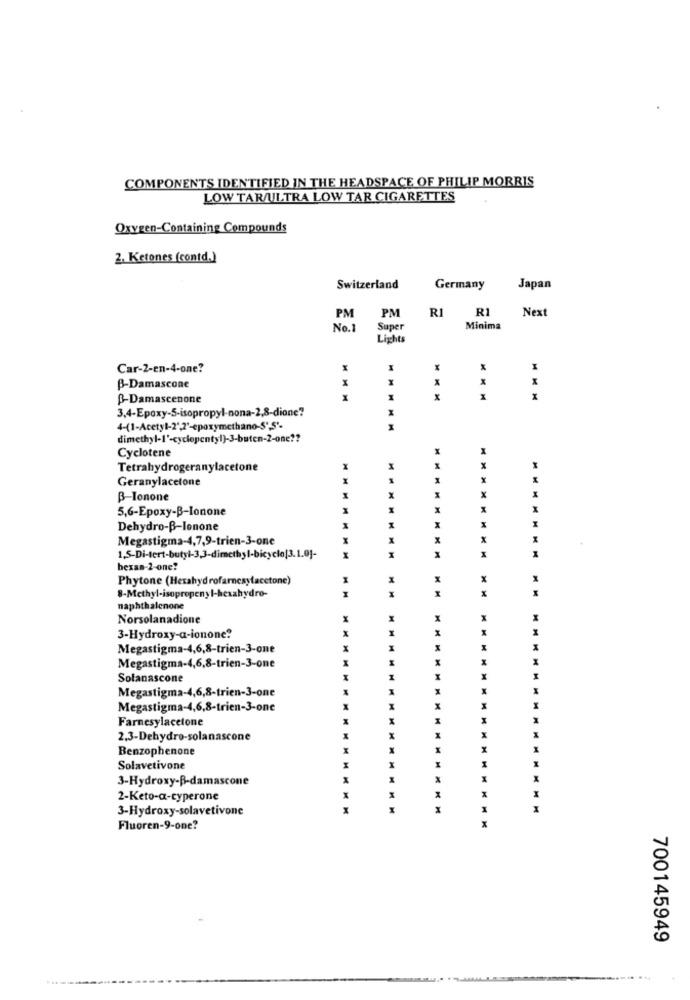
COMPONENTS IDENTIFIED IN THE HEADSPACE OF PHILIP MORRIS
LOW TAR/ULTRA LOW TAR CIGARETTES
Oxygen-Containing Compounds
2. Ketones (contd.)
Switzerland
Germany
Japan
RI
R1
Next
PM
PM
No.1
Super
Minima
Lights
Car-2-en-4-one?
X
X
B-Damascone
-Damascenone
1
x
3,4-Epoxy-S-isopropyl-nona-2,8-diane?
4-(1-Acetyl-2",2'-epoxymethano-S'S'-
I
dimethyl-1'-cyclopenty!)-3-buten-2-one ??
Cyclotene
Tetrahydrogeranylacetone
1
x
Geranylacetone
1
X
B-Ionone
5,6-Epoxy-B-Ionone
Dehydro-B-Ionone
I
Megastigma-4,7,9-trien-3-one
X
bexas-2-one?
Phytone (Hexahydrofarnesylacetone)
8-Methyl-isopropenyl-hexahydro-
naphthalenone
Norsolanadione
X
X
3-Hydroxy-a-ionone?
Megastigma-4,6,8-trien-3-one
Megastigma-4,6,8-trien-3-one
Solanascone
x
x
Megastigma-4,6,8-trien-3-one
M
Megastigma-4,6,8-trien-3-one
x
M
Farnesylacetone
2.3-Dehydro-solanascone
X
Benzophenone
M
X
M
Solavetivone
3-Hydroxy-B-damascone
X
X
2-Keto-a-cyperone
3-Hydroxy-solavetivone
x
Fluoren-9-one?
700145949